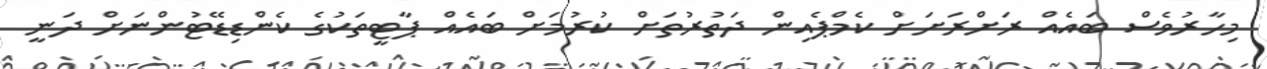
މިހާރުވެސް ބައެއް ރަށްރަށަށް ކެމްޕެއިން ދަތުރުތަށް ކުރުމަށް ބައެއް ޕާޓީތަކުގެ ކެންޑިޑޭޓުންނަށް ދަނީ